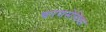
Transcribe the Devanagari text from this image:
चरणसेविका